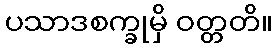
ပသာဒစက္ခုမှိ ဝတ္တတိ။